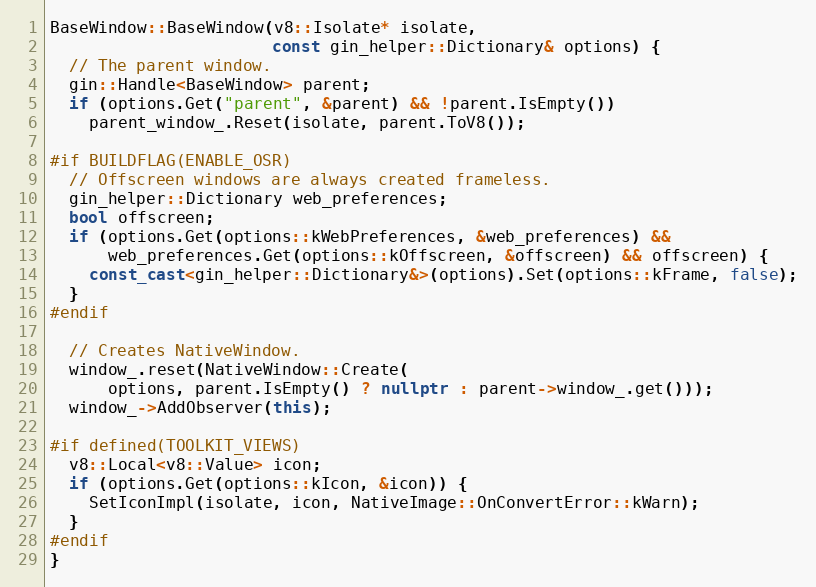
Language: C++
BaseWindow::BaseWindow(v8::Isolate* isolate,
                       const gin_helper::Dictionary& options) {
  // The parent window.
  gin::Handle<BaseWindow> parent;
  if (options.Get("parent", &parent) && !parent.IsEmpty())
    parent_window_.Reset(isolate, parent.ToV8());

#if BUILDFLAG(ENABLE_OSR)
  // Offscreen windows are always created frameless.
  gin_helper::Dictionary web_preferences;
  bool offscreen;
  if (options.Get(options::kWebPreferences, &web_preferences) &&
      web_preferences.Get(options::kOffscreen, &offscreen) && offscreen) {
    const_cast<gin_helper::Dictionary&>(options).Set(options::kFrame, false);
  }
#endif

  // Creates NativeWindow.
  window_.reset(NativeWindow::Create(
      options, parent.IsEmpty() ? nullptr : parent->window_.get()));
  window_->AddObserver(this);

#if defined(TOOLKIT_VIEWS)
  v8::Local<v8::Value> icon;
  if (options.Get(options::kIcon, &icon)) {
    SetIconImpl(isolate, icon, NativeImage::OnConvertError::kWarn);
  }
#endif
}